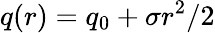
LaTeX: q(r)=q_{0}+\sigma r^{2}/2